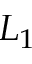
L _ { 1 }